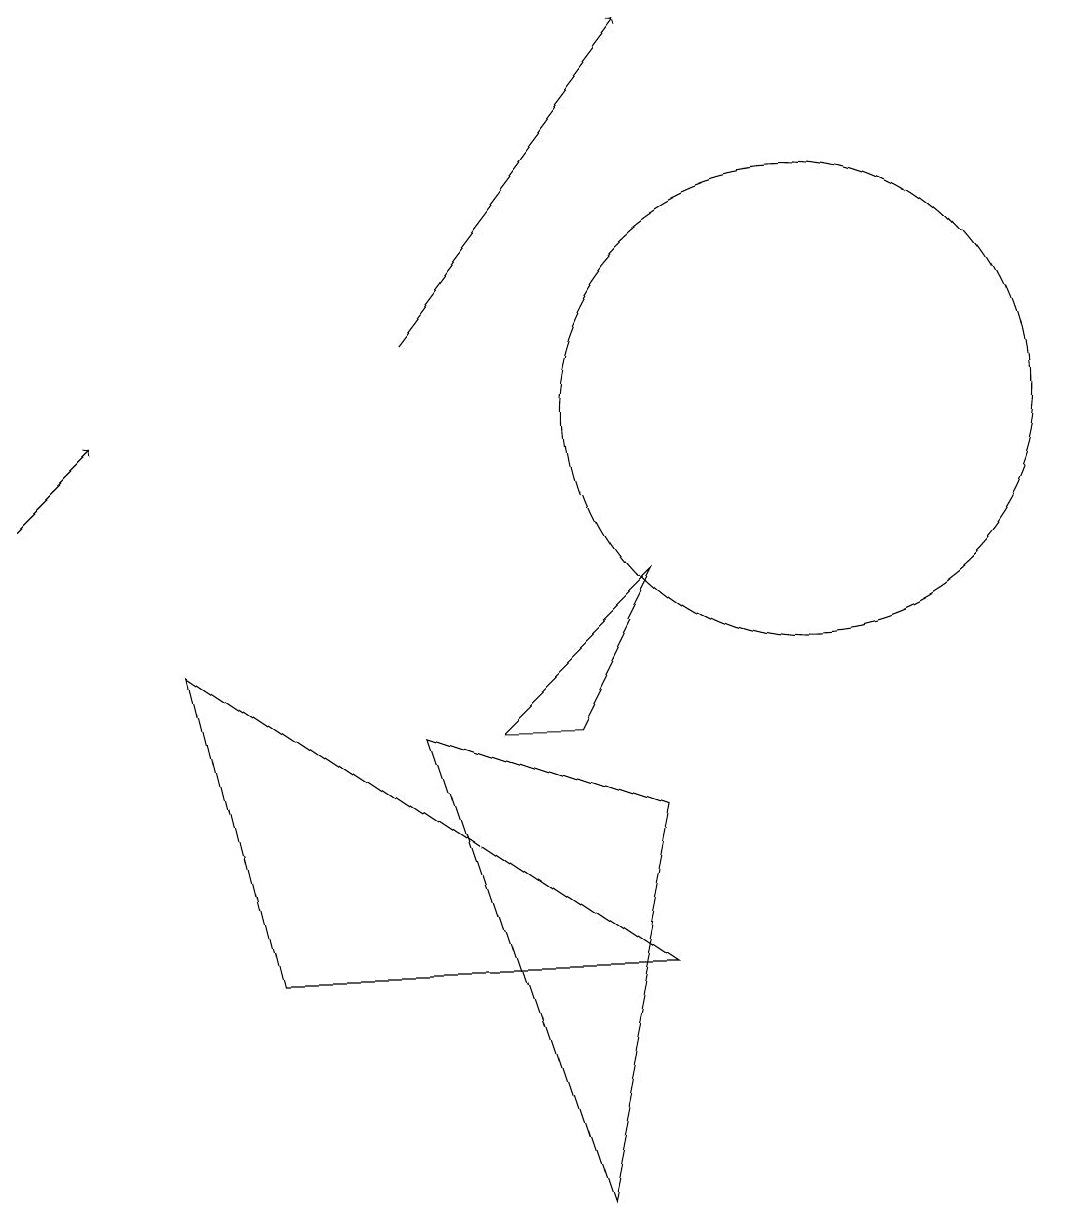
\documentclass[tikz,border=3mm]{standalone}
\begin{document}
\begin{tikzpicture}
\draw (10,12) circle (0);
\draw (7,1) -- (5,7) -- (8,6) -- cycle;
\draw (10,11) circle (3);
\draw (8,4) -- (2,8) -- (3,4) -- cycle;
\draw[->] (0,10) -- (1,11);
\draw (8,9) -- (6,7) -- (7,7) -- cycle;
\draw (11,10) circle (0);
\draw[->] (5,12) -- (8,16);
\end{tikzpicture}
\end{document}